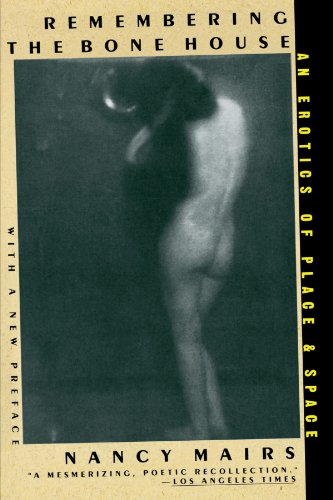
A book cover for Remembering The Bone House; Nancy Mairs; Health, Fitness & Dieting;